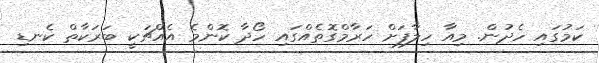
ކަމުގައި ހެދުން. މިއާ ހިލާފަށް ހަރާމްގޮތެއްގައި ހޯދާ ކޮންމެ އެއްޗަކީ ބަރަކާތް ކެނޑި